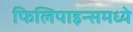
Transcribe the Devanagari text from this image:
फिलिपाइन्समध्ये